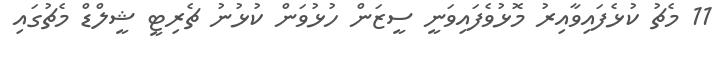
11 މެޗު ކުޅެފައިވާއިރު މޮޅުވެފައިވަނީ ސީޒަން ހުޅުވަން ކުޅުނު ޗެރިޓީ ޝީލްޑް މެޗުގައި